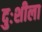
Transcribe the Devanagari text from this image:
दुःशीला